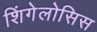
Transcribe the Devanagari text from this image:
शिंगेलोसिस